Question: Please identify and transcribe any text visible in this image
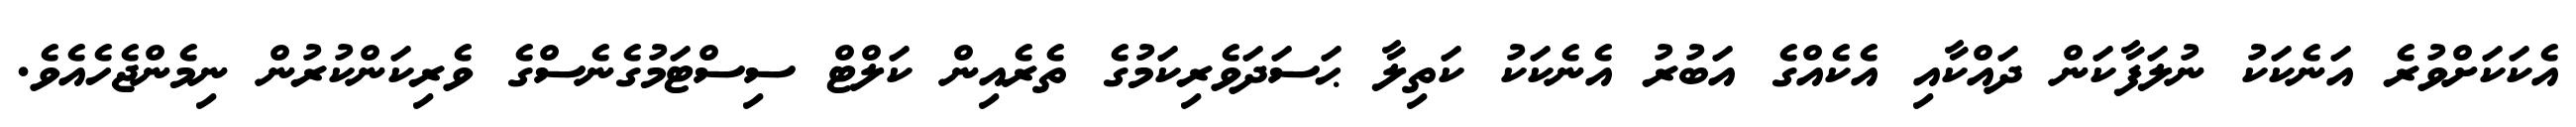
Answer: އެކަކަށްވުރެ އަނެކަކު ނުލަފާކަން ދައްކާއި އެކެއްގެ އަބުރު އެނެކަކު ކަތިލާ ޙަސަދަވެރިކަމުގެ ތެރެއިން ކަލްޓް ސިސްޓަމުގެނެސްގެ ވެރިކަންކުރުން ނިމެންޖެހެއެވެ.